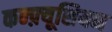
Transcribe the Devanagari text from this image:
कन्फ़्यूशियन